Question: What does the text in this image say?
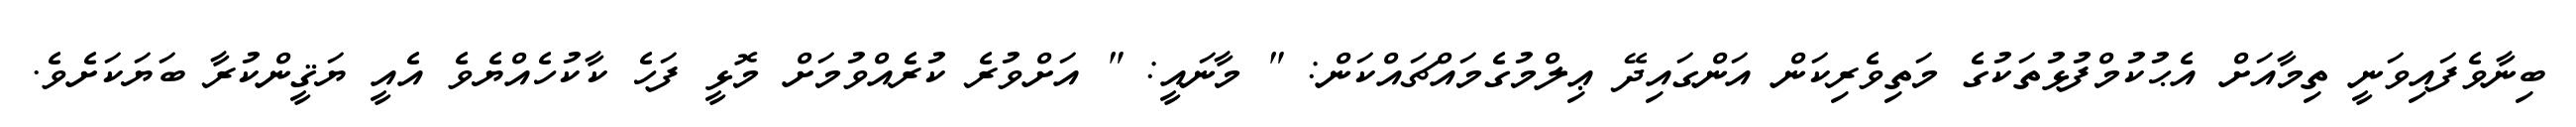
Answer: ބިނާވެފައިވަނީ ތިމާއަށް އެޙުކުމްފުޅުތަކުގެ މަތިވެރިކަން އަންގައިދޭ ޢިލްމުގެމައްޗައްކަން: " މާނައީ: " އަށްވުރެ ކުރެއްވުމަށް މޮޅީ ފަހެ ކާކުހެއްޔެވެ އެއީ ޔަޤީންކުރާ ބަޔަކަށެވެ.